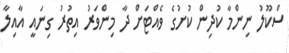
ސްކޫލު ނިންމާ ކުދިން ކުށުގެ ވެއްޓަށް ދާ މިންވަރު އިތުރު ގިނައީ އާއިލާ